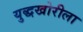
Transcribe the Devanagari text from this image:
युद्धखोरीला